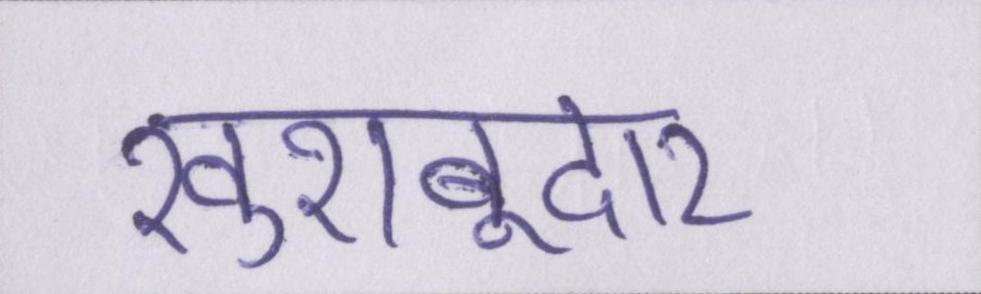
खुशबूदार